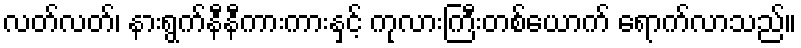
လတ်လတ်၊ နားရွက်နီနီကားကားနှင့် ကုလားကြီးတစ်ယောက် ရောက်လာသည်။